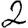
Digit: 2